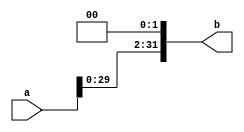
module sll(a,b);
	input [31:0] a;
	output [31:0] b;
	reg [31:0] b;
	always @(a)
		begin 
			b = a<<2;
		end
	endmodule